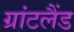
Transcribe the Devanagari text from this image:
ग्रांटलैंड